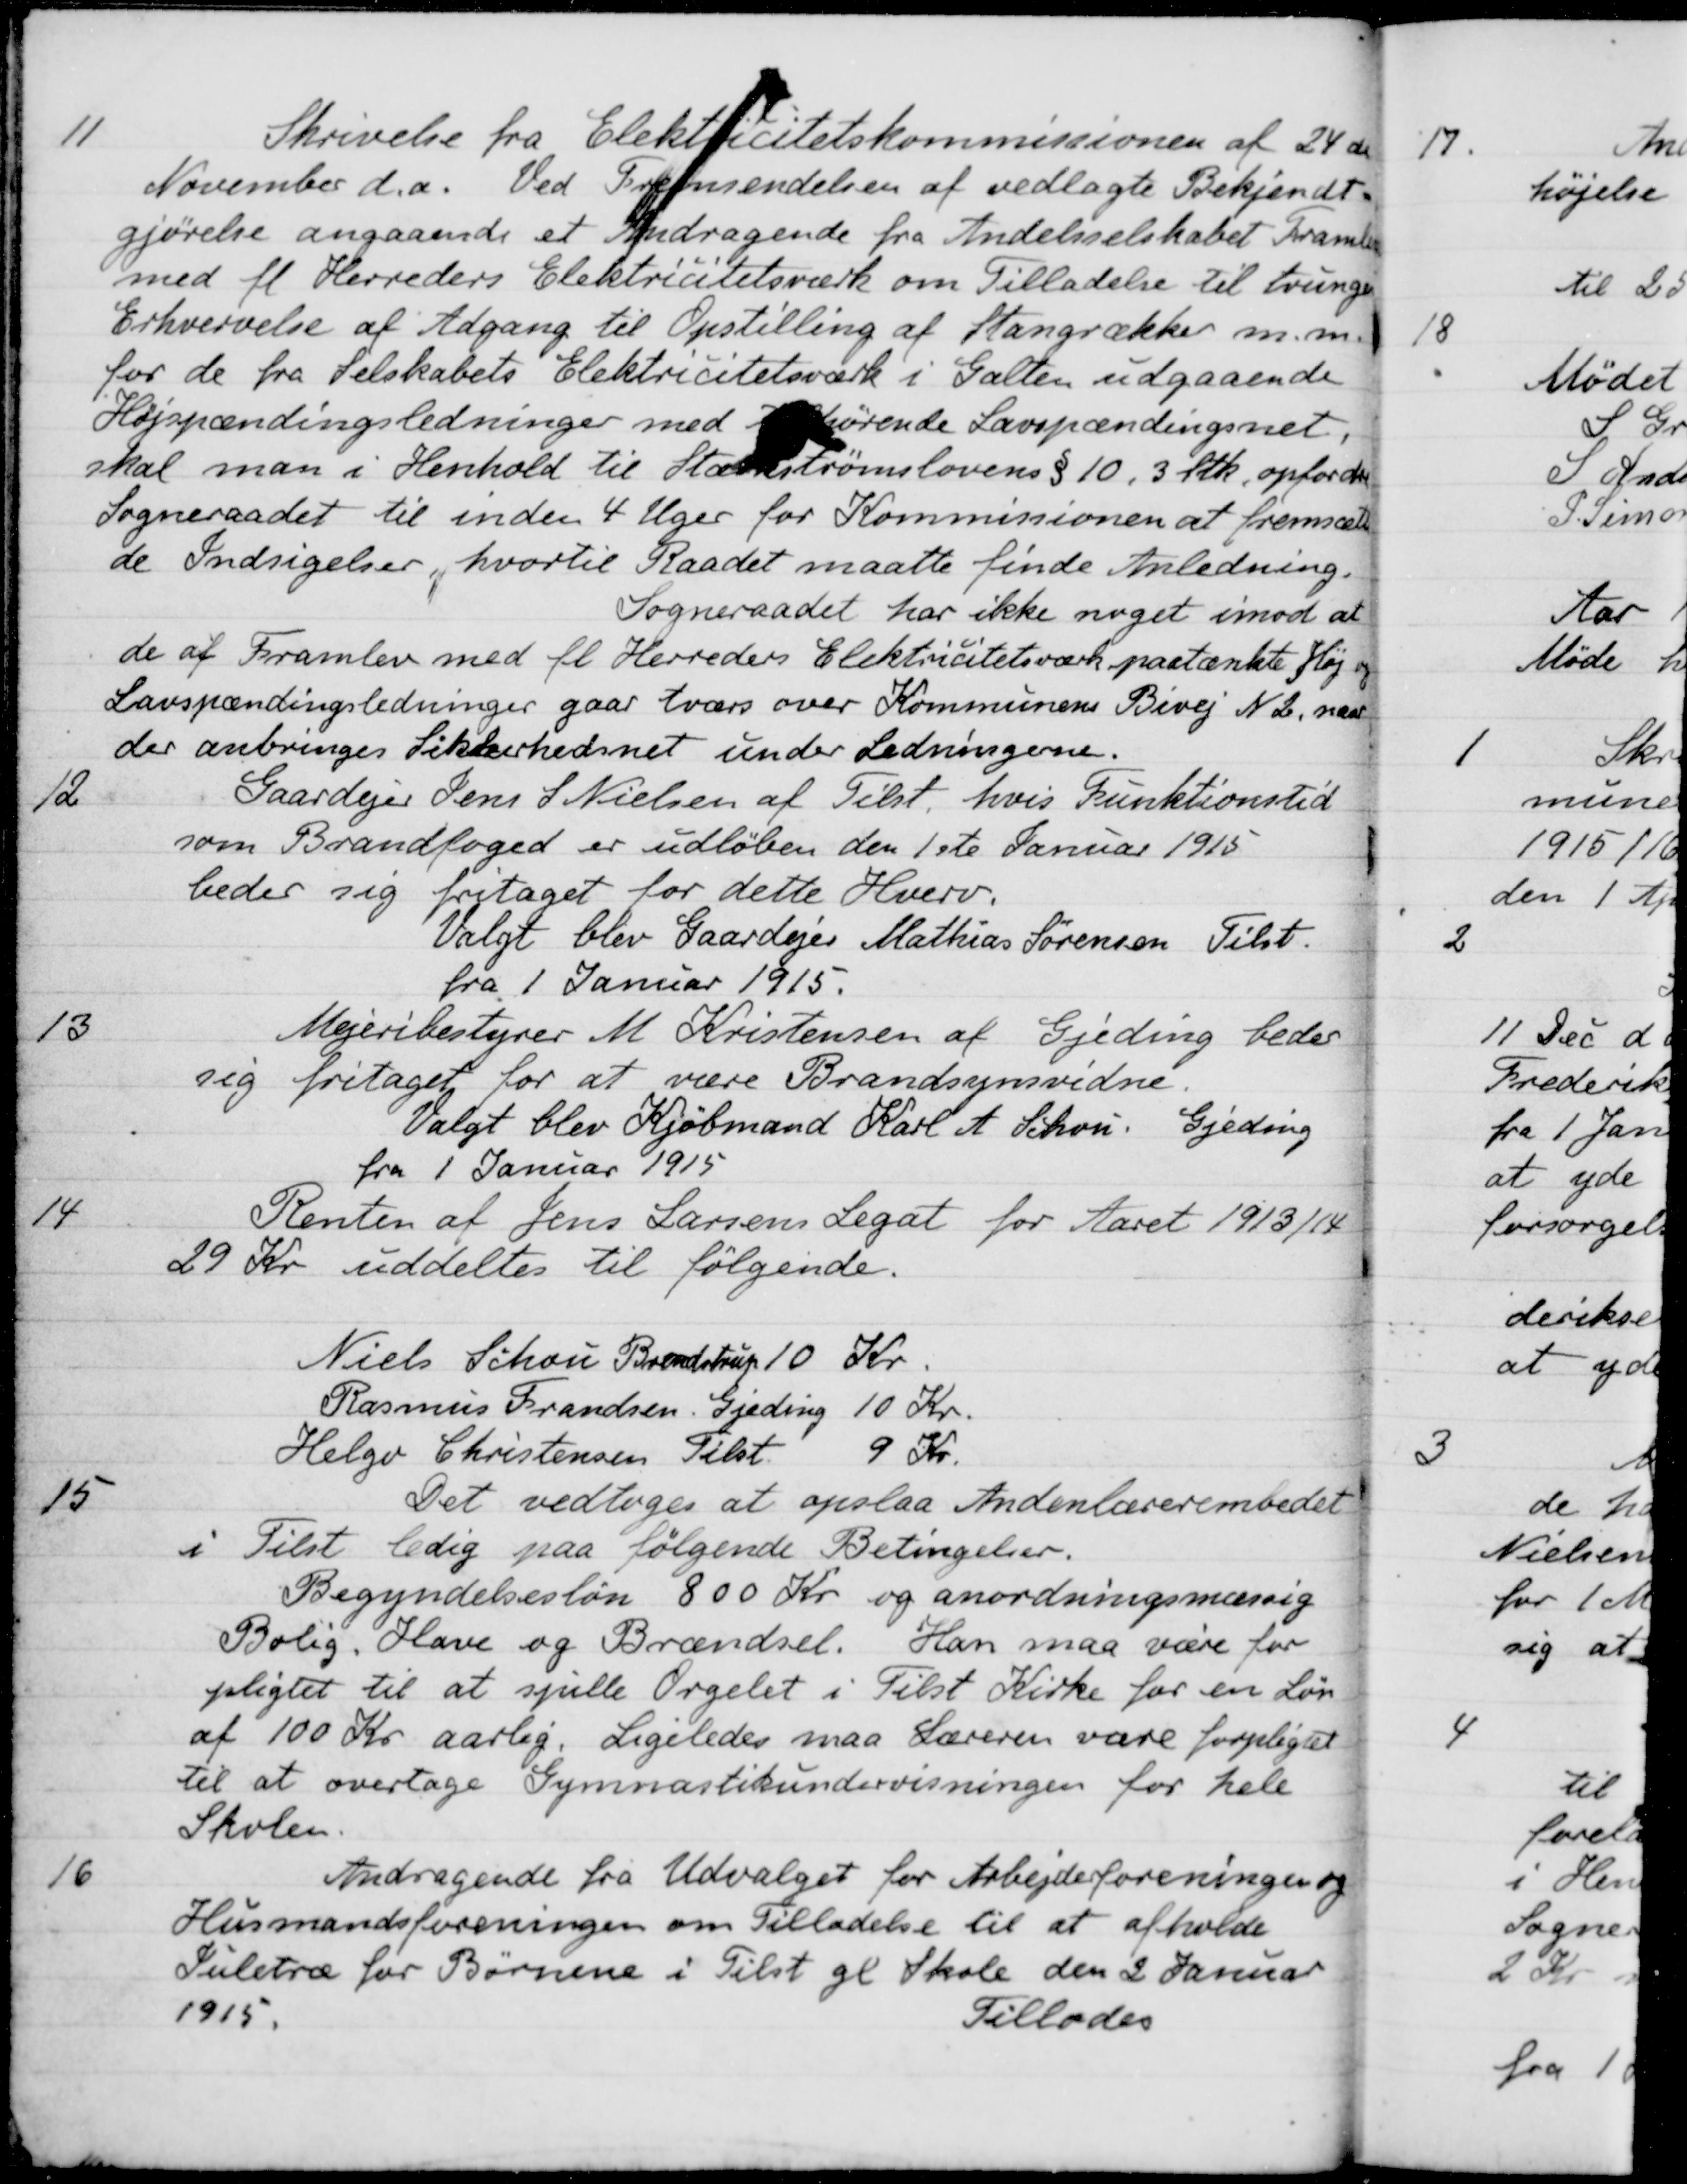
Transskription:
11
Skrivelse fra Elektricitetskommissionen af 24 de
November d.a. Ved Fremsendelsen af vedlagte Bekjendt-
gjørelse angaaende et Andragende fra Andelsselskabet Framlev
med fl. Herreders Elektrictetsværk om Tilladelse til tvungen
Erhvervelse af Adgang til Opstilling af Stangrækker m. m.
for de fra Selskabets Elektricitetsværk i Galten udgaaende
Højspændingsledninger med tilhørende Lavspændingsnet.
skal man i Henhold til Stærkstrømslovens § 10, 3 Stk. opfordre
Sogneraadet til inden 4 Uger for Kommissionen at fremsætte
de Indsigelser, hvortil Raadet maatte finde Anledning.
Sogneraadet har ikke noget imod at
de af Framlev med fl Herreders Elektricitetsværk paatænkte Høj og
Lavspændingsledninger gaar tværs over Kommunens Bivej N 2, naar
der anbringes Sikkerhedsnet under Ledningerne.
12
Gaardejer Jens S. Nielsen af Tilst, hvis Funktionstid
som Brandfoged er udløben den 1ste Januar 1915
beder sig fritaget for dette Hverv.
Valgt blev Gaardejer Mathias Sørensen Tilst.
fra 1 Januar 1915.
13
Mejeribestyrer M. Kristensen af Gjeding beder
sig fritaget for at være Brandsynsvidne.
Valgt blev Kjøbmand Karl A. Schou. Gjeding
fra 1 Januar 1915
14
Renten af Jens Larsens Legat for Aaret 1913/14
29 Kr uddeltes til følgende.
Niels Schou Brendstrup 10 Kr.
Rasmus Frandsen, Gjeding 10 Kr.
Helge Christensen Tilst. 9 Kr.
15
Det vedtoges at opslaa Andenlærerembedet
i Tilst ledig paa følgende Betingelser.
Begyndelsesløn 800 Kr. og anordningsmæssig
Bolig. Have og Brændsel. Han maa være for
pligtet til at spille Orgelet i Tilst Kirke for en Løn
af 100 Kr aarlig. Ligeledes maa Læreren vare forpligtet
til at overtage Gymnastikundervisningen for hele
Skolen.
16
Andragende fra Udvalget for Arbejderforeningen og
Husmandsforeningen om Tilladelse til at afholde
Suletræ for Børnene i Tilst gl Skole den 2 Januar
1915.
Tillodes